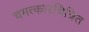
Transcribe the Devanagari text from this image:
चमत्कारचित्रित